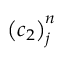
{ \left( c _ { 2 } \right) } _ { j } ^ { n }